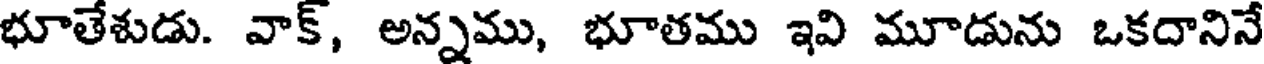
భూతేశుడు. వాక్, అన్నము, భూతము ఇవి మూడును ఒకదానినే